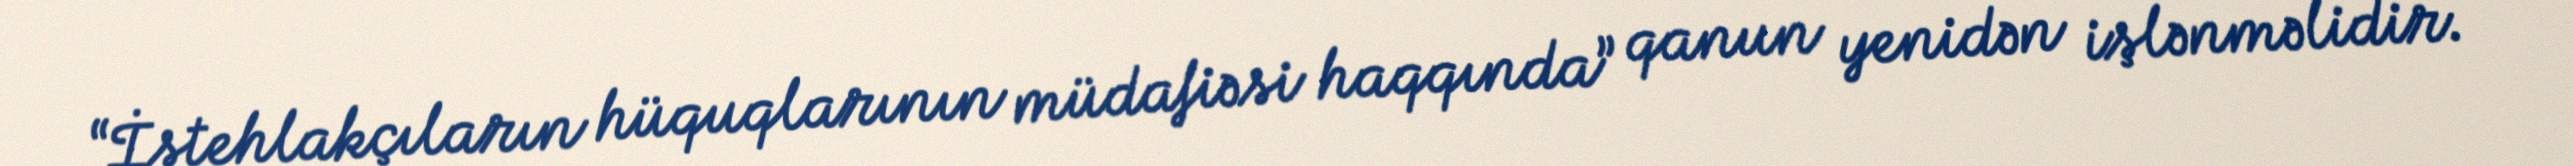
“İstehlakçıların hüquqlarının müdafiəsi haqqında” qanun yenidən işlənməlidir.